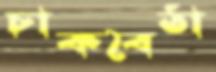
চাকবৈঠা